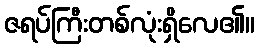
ဇရပ်ကြီးတစ်လုံးရှိလေ၏။